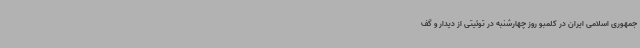
جمهوری اسلامی ایران در کلمبو روز چهارشنبه در توئیتی از دیدار و گف